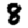
Digit: 8